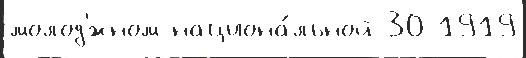
молод'́жном национа́льной 30 1919